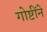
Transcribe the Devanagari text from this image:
गोष्टींने